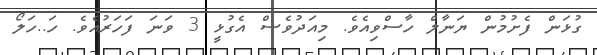
ގުޅަން ފެށުމުން ޔަނާލް ހާސްވިއެވެ. މިއަދުވެސް އެގުޅީ 3 ވަނަަ ފަހަރުއެވެ. ހަ..ހަލޯ